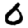
Digit: 0